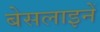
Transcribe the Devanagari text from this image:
बेसलाइनें